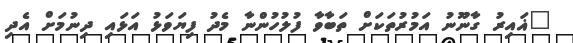
"ޣައިރު ގާނޫނު އަމުރުތަކަށް ތަބާވާ ފުލުހުންނާ މެދު ފިޔަވަޅު އަޅައި ދިނުމަށް އެދި